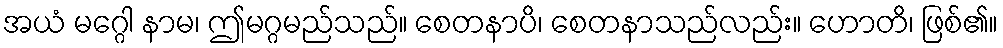
အယံ မဂ္ဂေါ နာမ၊ ဤမဂ္ဂမည်သည်။ စေတနာပိ၊ စေတနာသည်လည်း။ ဟောတိ၊ ဖြစ်၏။